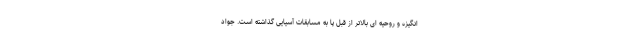
انگیزه و روحیه ای بالاتر از قبل پا به مسابقات آسیایی گذاشته است. جواد